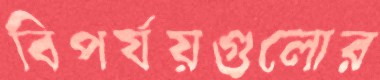
বিপর্যয়গুলোর